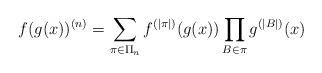
LaTeX: \begin{align*} f(g(x))^{(n)} = \sum_{\pi\in\Pi_n}f^{(|\pi|)}(g(x)) \prod_{B\in\pi} g^{(|B|)}(x) \end{align*}